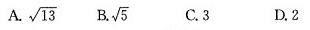
A.\sqrt{13} B.\sqrt{5} C.3 D.2